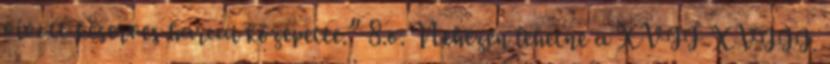
vívott keserves harcai közepette.” 8.o. Nehezen lehetne a XVII-XVIII.